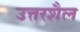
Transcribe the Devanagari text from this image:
उत्तरशैल